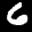
Label: 6